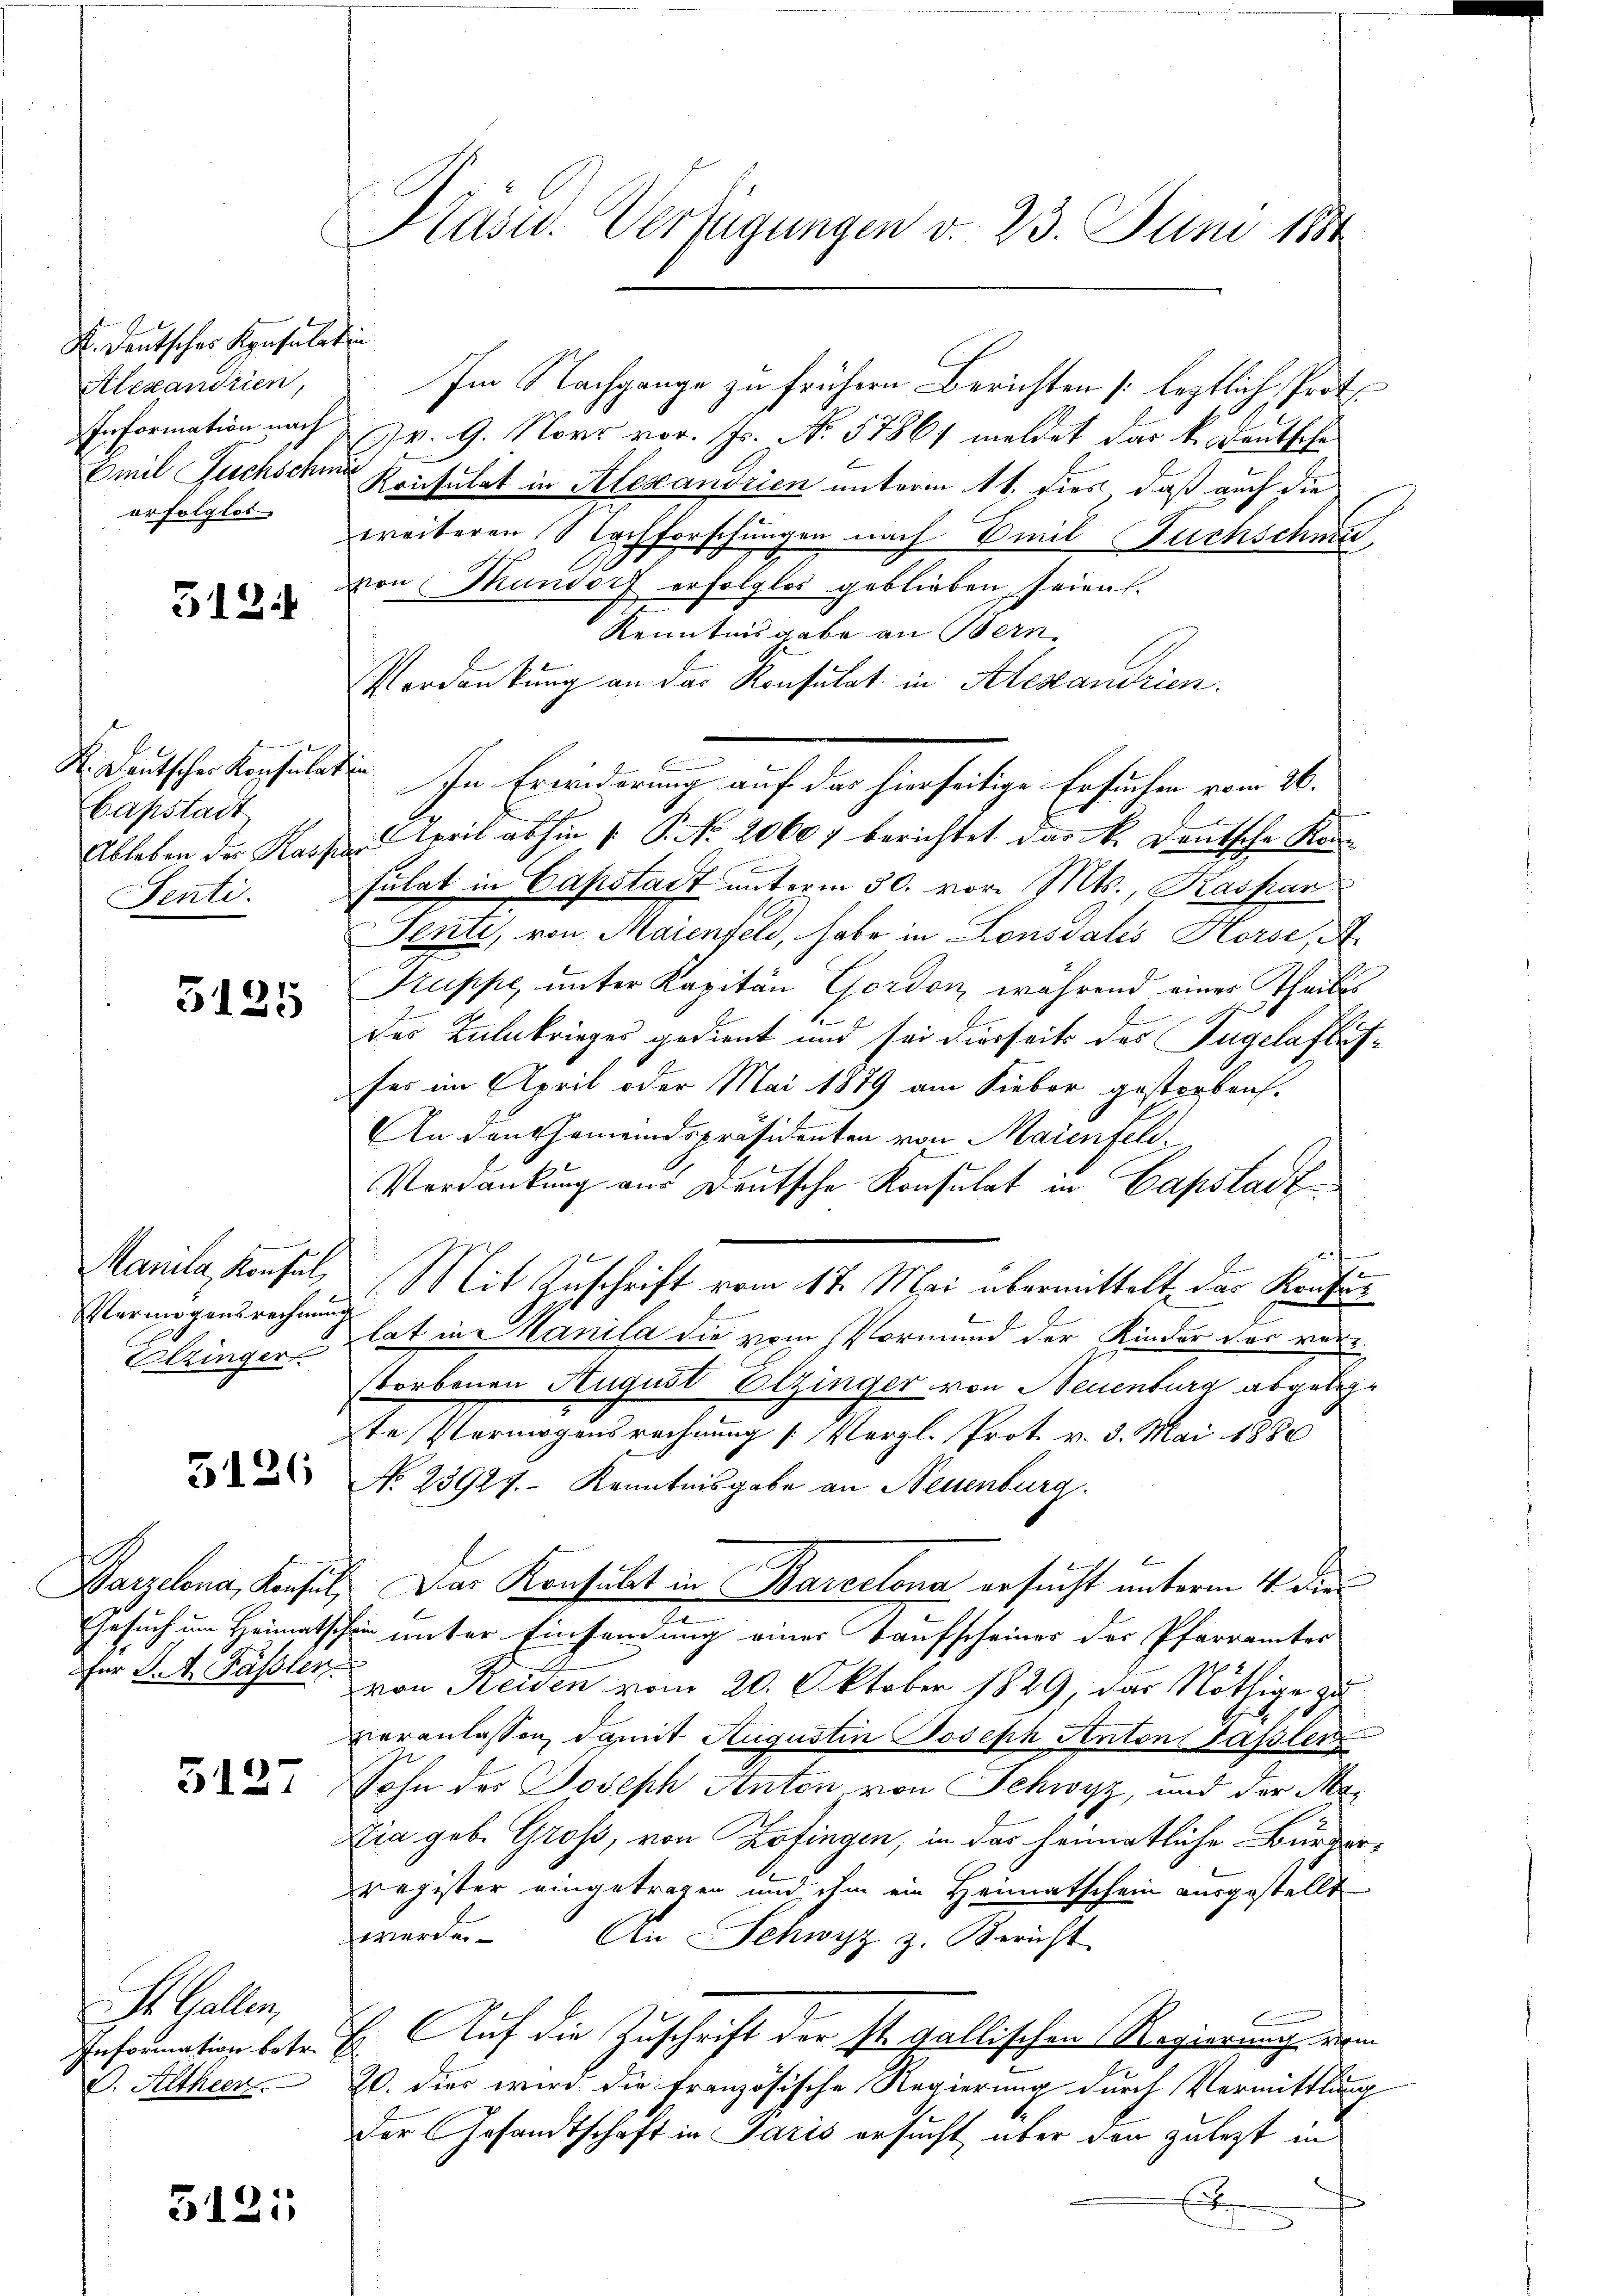
K. Deutscher Konsulatin
Alexandrien,
erfolglos

312.

Capstadt

5125

Vermögensrechnung
Elzinger

5126

Barzelona, Konsen,
Gesuch um Heimat.

3127

St. Gallen,
Information betr.
d. Altheen

51211

Pasu. Verfügungen v. 23. Juni 1884

Im Nachgange zu frühern Berichten [leztlich Proto
Information nach v. 9. Norr vor. Js. N. 57861 meldet das k. Deutsche
Emil Juenschen Konsulat in Alexandrien unterm 11. dies, daß auch die
weiteren Nachforschungen nach Emil Fuchschnen,
von Mundorf erfolglos geblieben, seien.
Kenntnisgabe an Bern.
Verdankung an das Konsulat in Alexandrien.
F. Deutscher konsulation In Erwiderung auf das hierseitige Ersuchen vom 26.
Ableben der Kassen April abhin (: P. No. 20607 berichtet das k. Deutsche Kon¬
Senti. Fulat in Capstadt unterm 30. vor. Mts., Kaspar
Senti, von Maienfeld, habe in Lonsdalis Horse, A
Truppe unter Kapitän Gordon, während einer Theiles
des Kalkrieges gedient und sei dierseits des Fugelafletfes im April oder Mai 1879 am Sieber gestorben.
An den Gemeindspräsidenten von Maienfeld¬
Verdankung aus Deutsche Konsulat in Capstadt
aten
Manila, Konsul, Mit Zuschrift vom 17. Mai übermittelt das Kaufelat in Manila die vom Vormund der Kinder der vorstorbenen August Elzinger von Neuenburg abgelege
ste Vermögensrechnung (: Vergl. Prot. v. 3. Mai 1880
No 23927.- Kenntnisgabe an Neuenburg.
E. Das Konsulat in Barcelona ersucht unterm 4. die
schen unter Einsendung einer Kaufscheines der Pfarrämter
für Satz. Fassler, von Reiden vom 20. Oktober 1829, das Nöthige zu
veranlassen, damit Augustin Joseph Antons Passler,
Sohn des Joseph Anton von Schwyz, und der Me¬
Xia geb. Groß, von Zofingen, in das heimatliche Bürgerregister eingetragen und ihm ein Heimatschein ausgestellt
werde. An Schwyz z. Bericht
E. Auf die Zuschrift der St. Gallischen Regierung vom
20. dies wird die französische Regierung durch Vermittlung
der Gesandtschaft in Paris ersucht über den zulezt in
e
x